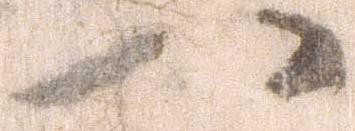
八